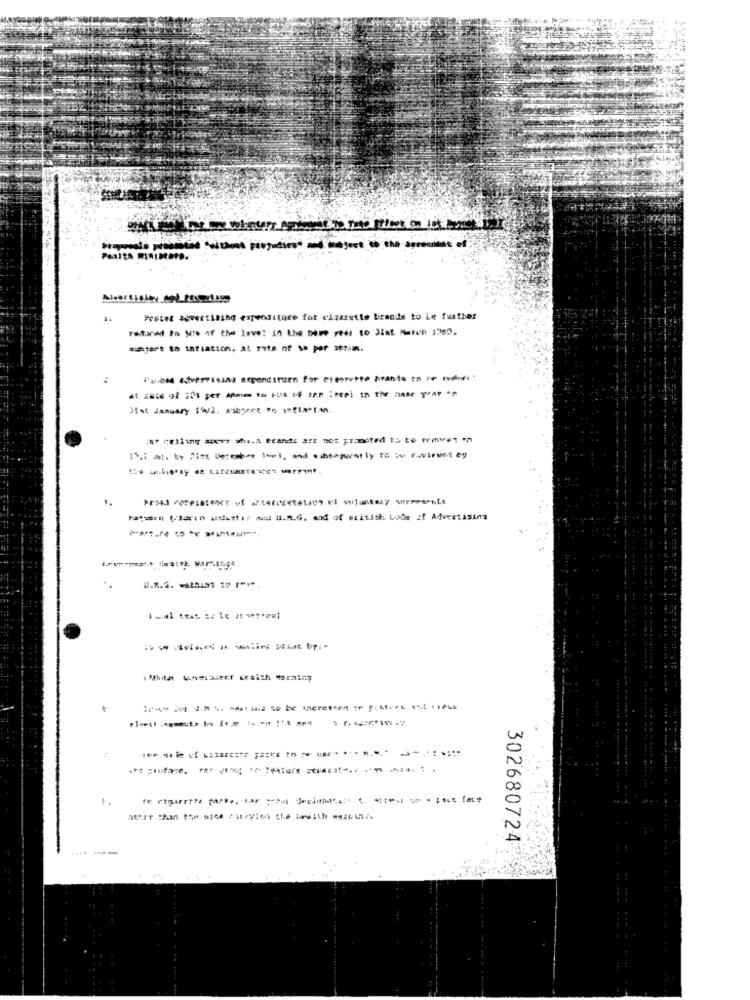
jest
Fretet agver:ining expenditure for clazrutte brande to Le further
Fetarad to Nie of the leve! 10 the Dome redi to Siat Match 1:69,
mitjart to inflation, at rate of se per serun.
st zase ol 201 pet Afmim to Ha bf inn ieeel In the maar yrat **
Met January 192. subject to IntlarAn.
5 -el- a* * fi-a erands are not pranoted tu te Temes *
Is.1 al. by list December tent, and subseparatly to :o cuviewet ey
-turn Ierin udettir mal ll.m.G. mod of british Lode of Advertising
IF ist 4.2% -Aalan to be increased Faster
1.
302680724